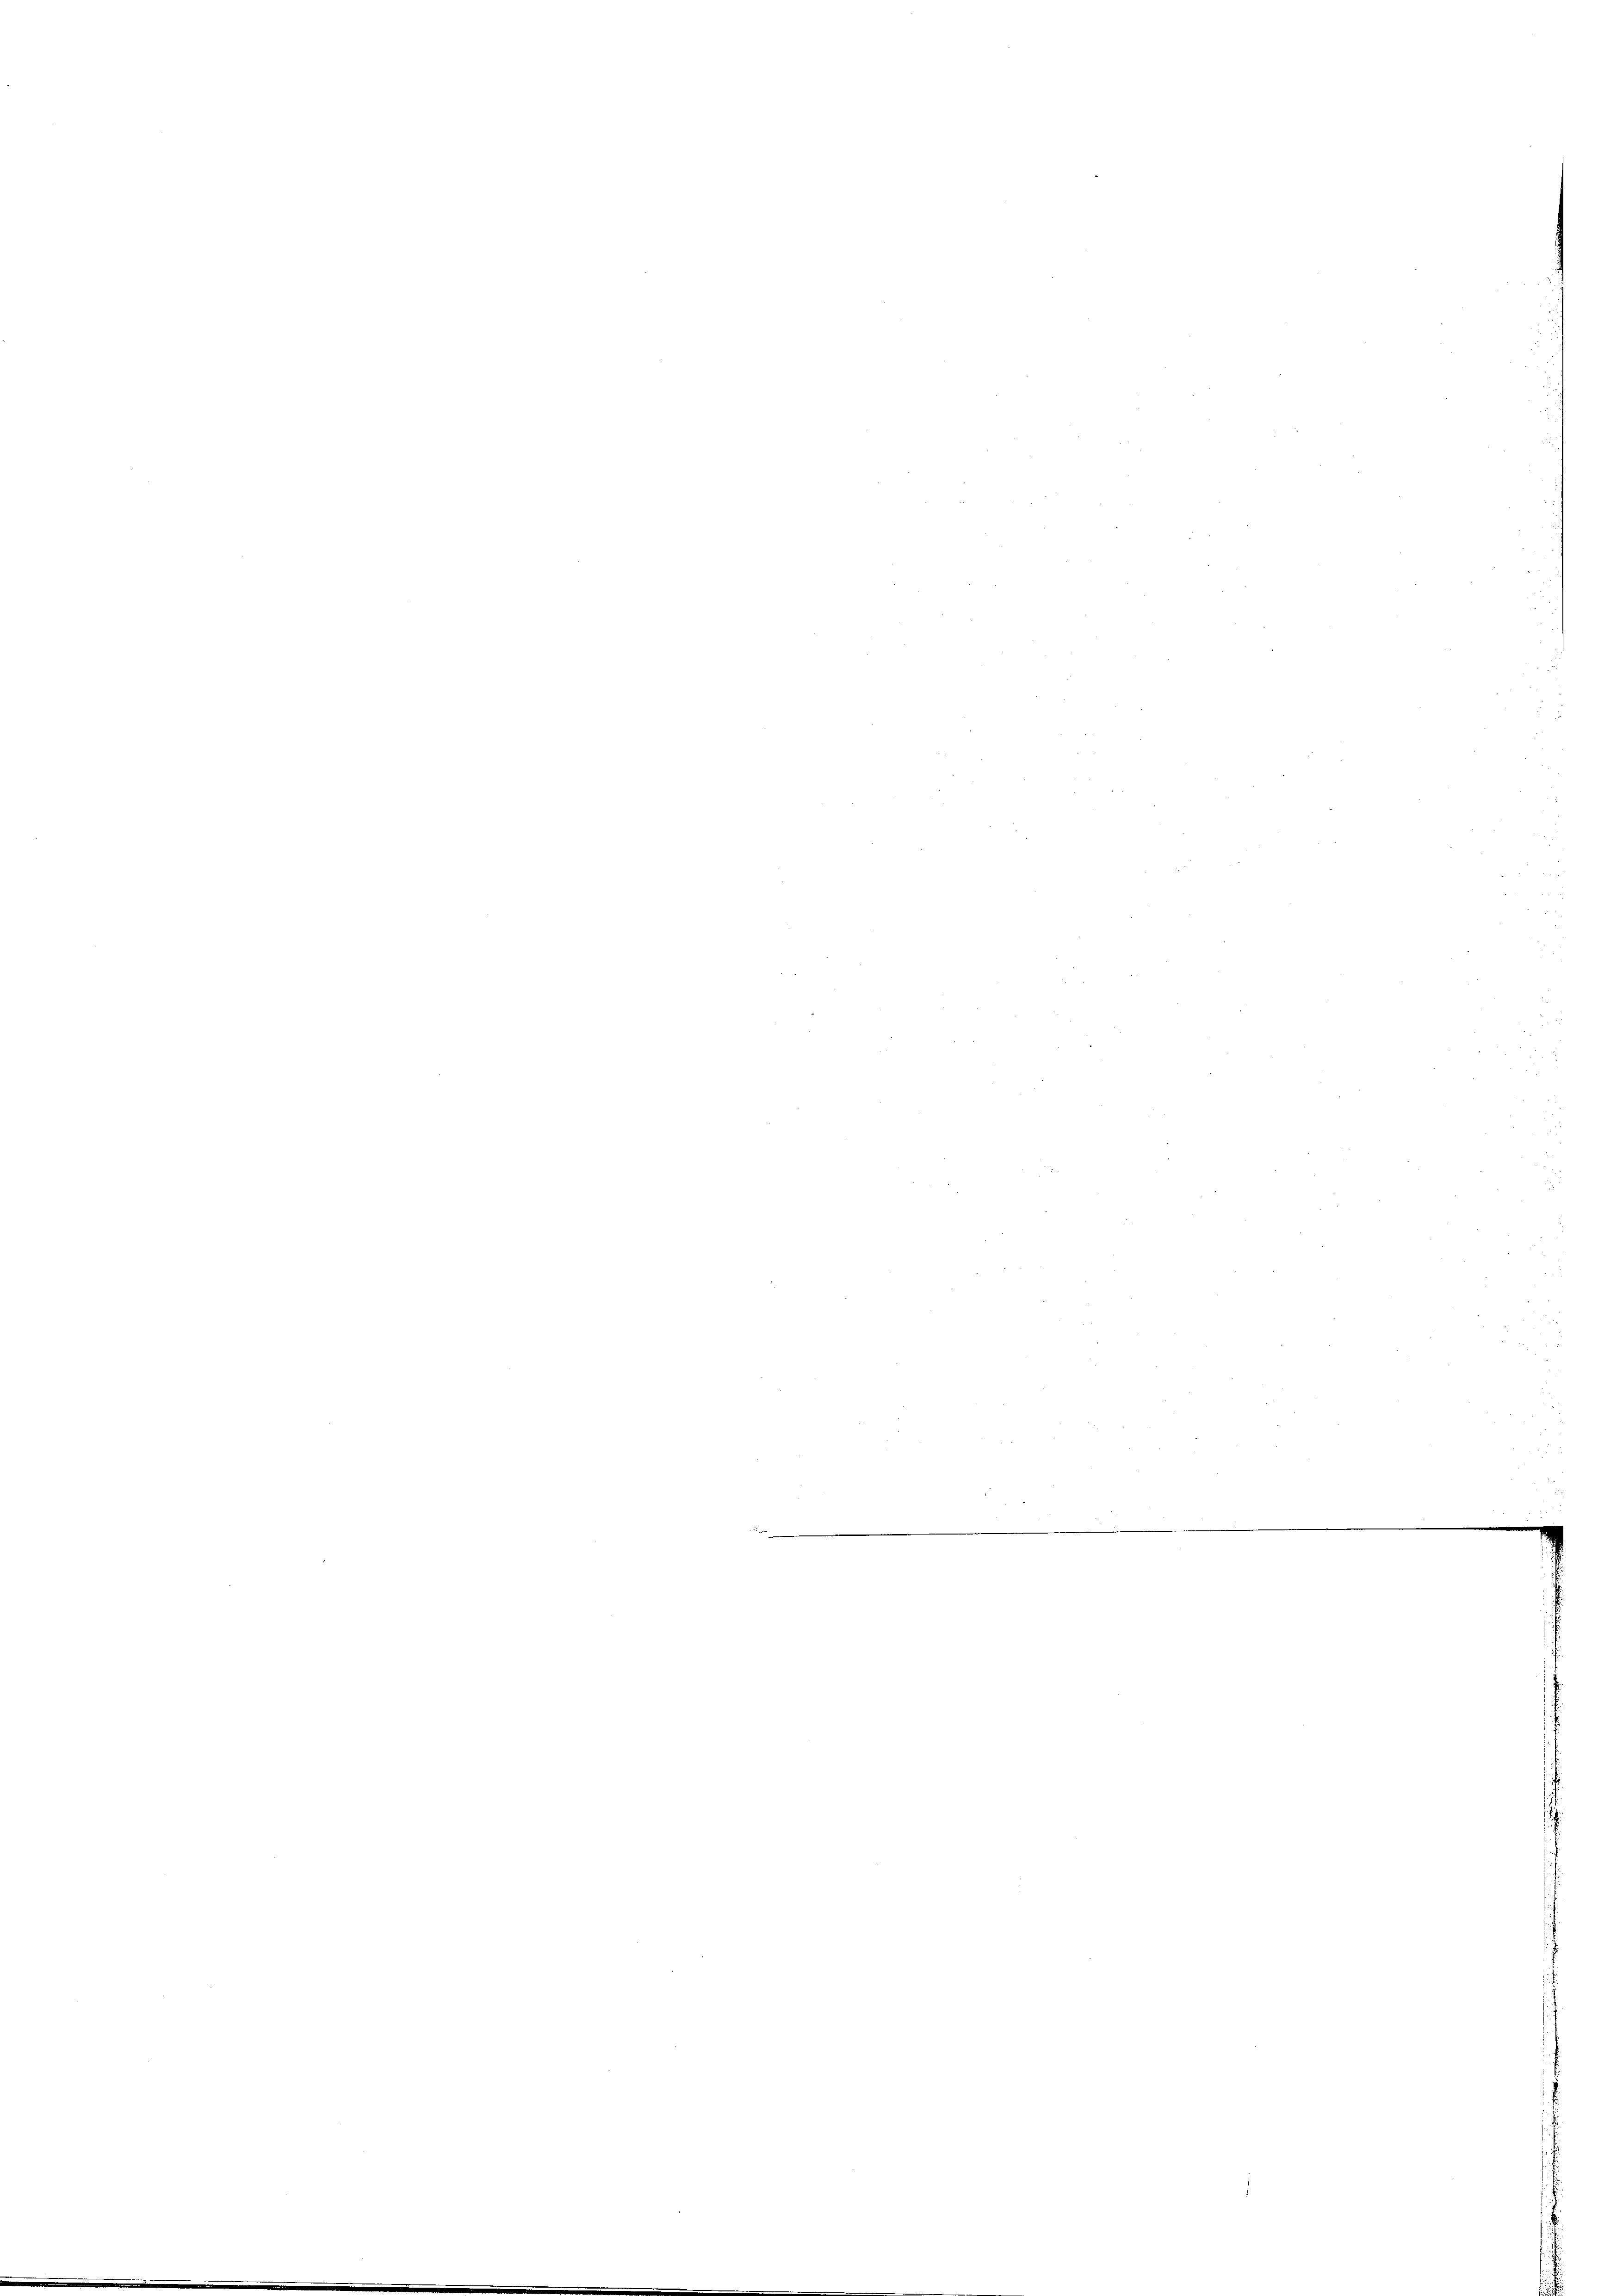
m

.

d

.